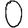
Digit: 0